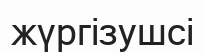
жүргізушсі